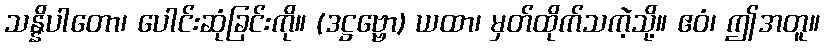
သန္နိပါတော၊ ပေါင်းဆုံခြင်းကို။ (ဒဋ္ဌဗ္ဗော) ယထာ၊ မှတ်ထိုက်သကဲ့သို့။ ဧဝံ၊ ဤအတူ။